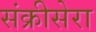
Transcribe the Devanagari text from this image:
संक्रीसेरा